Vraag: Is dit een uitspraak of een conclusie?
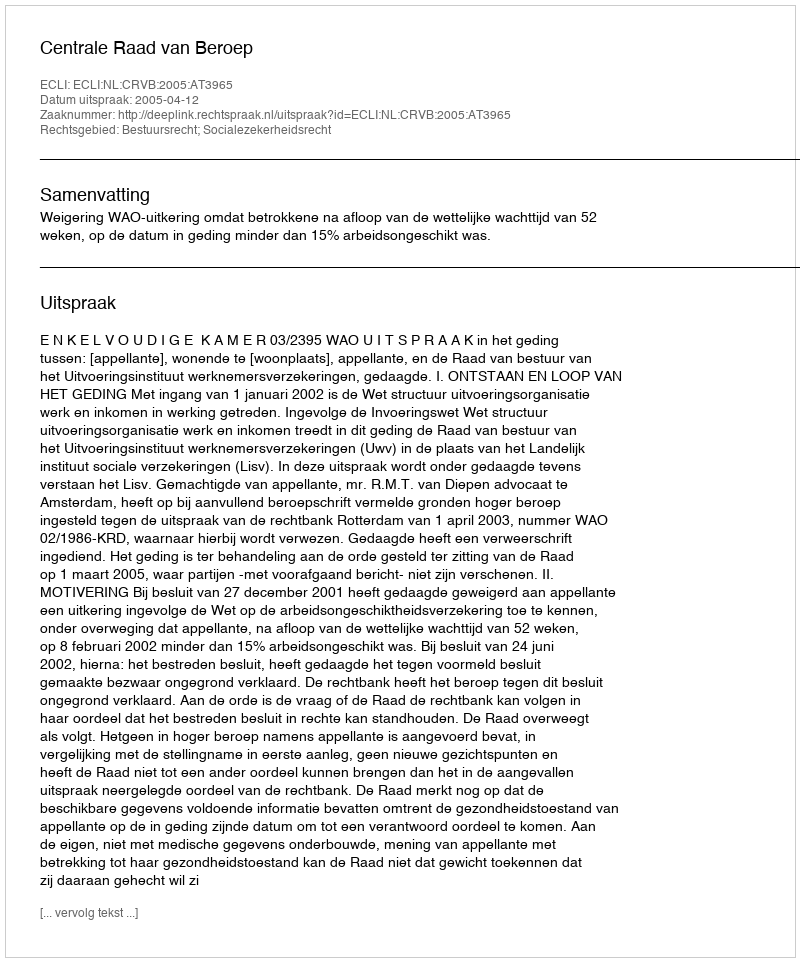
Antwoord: Uitspraak